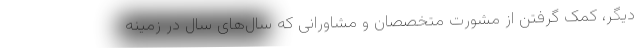
دیگر، کمک گرفتن از مشورت متخصصان و مشاورانی که سال‌های سال در زمینه